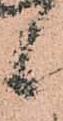
候